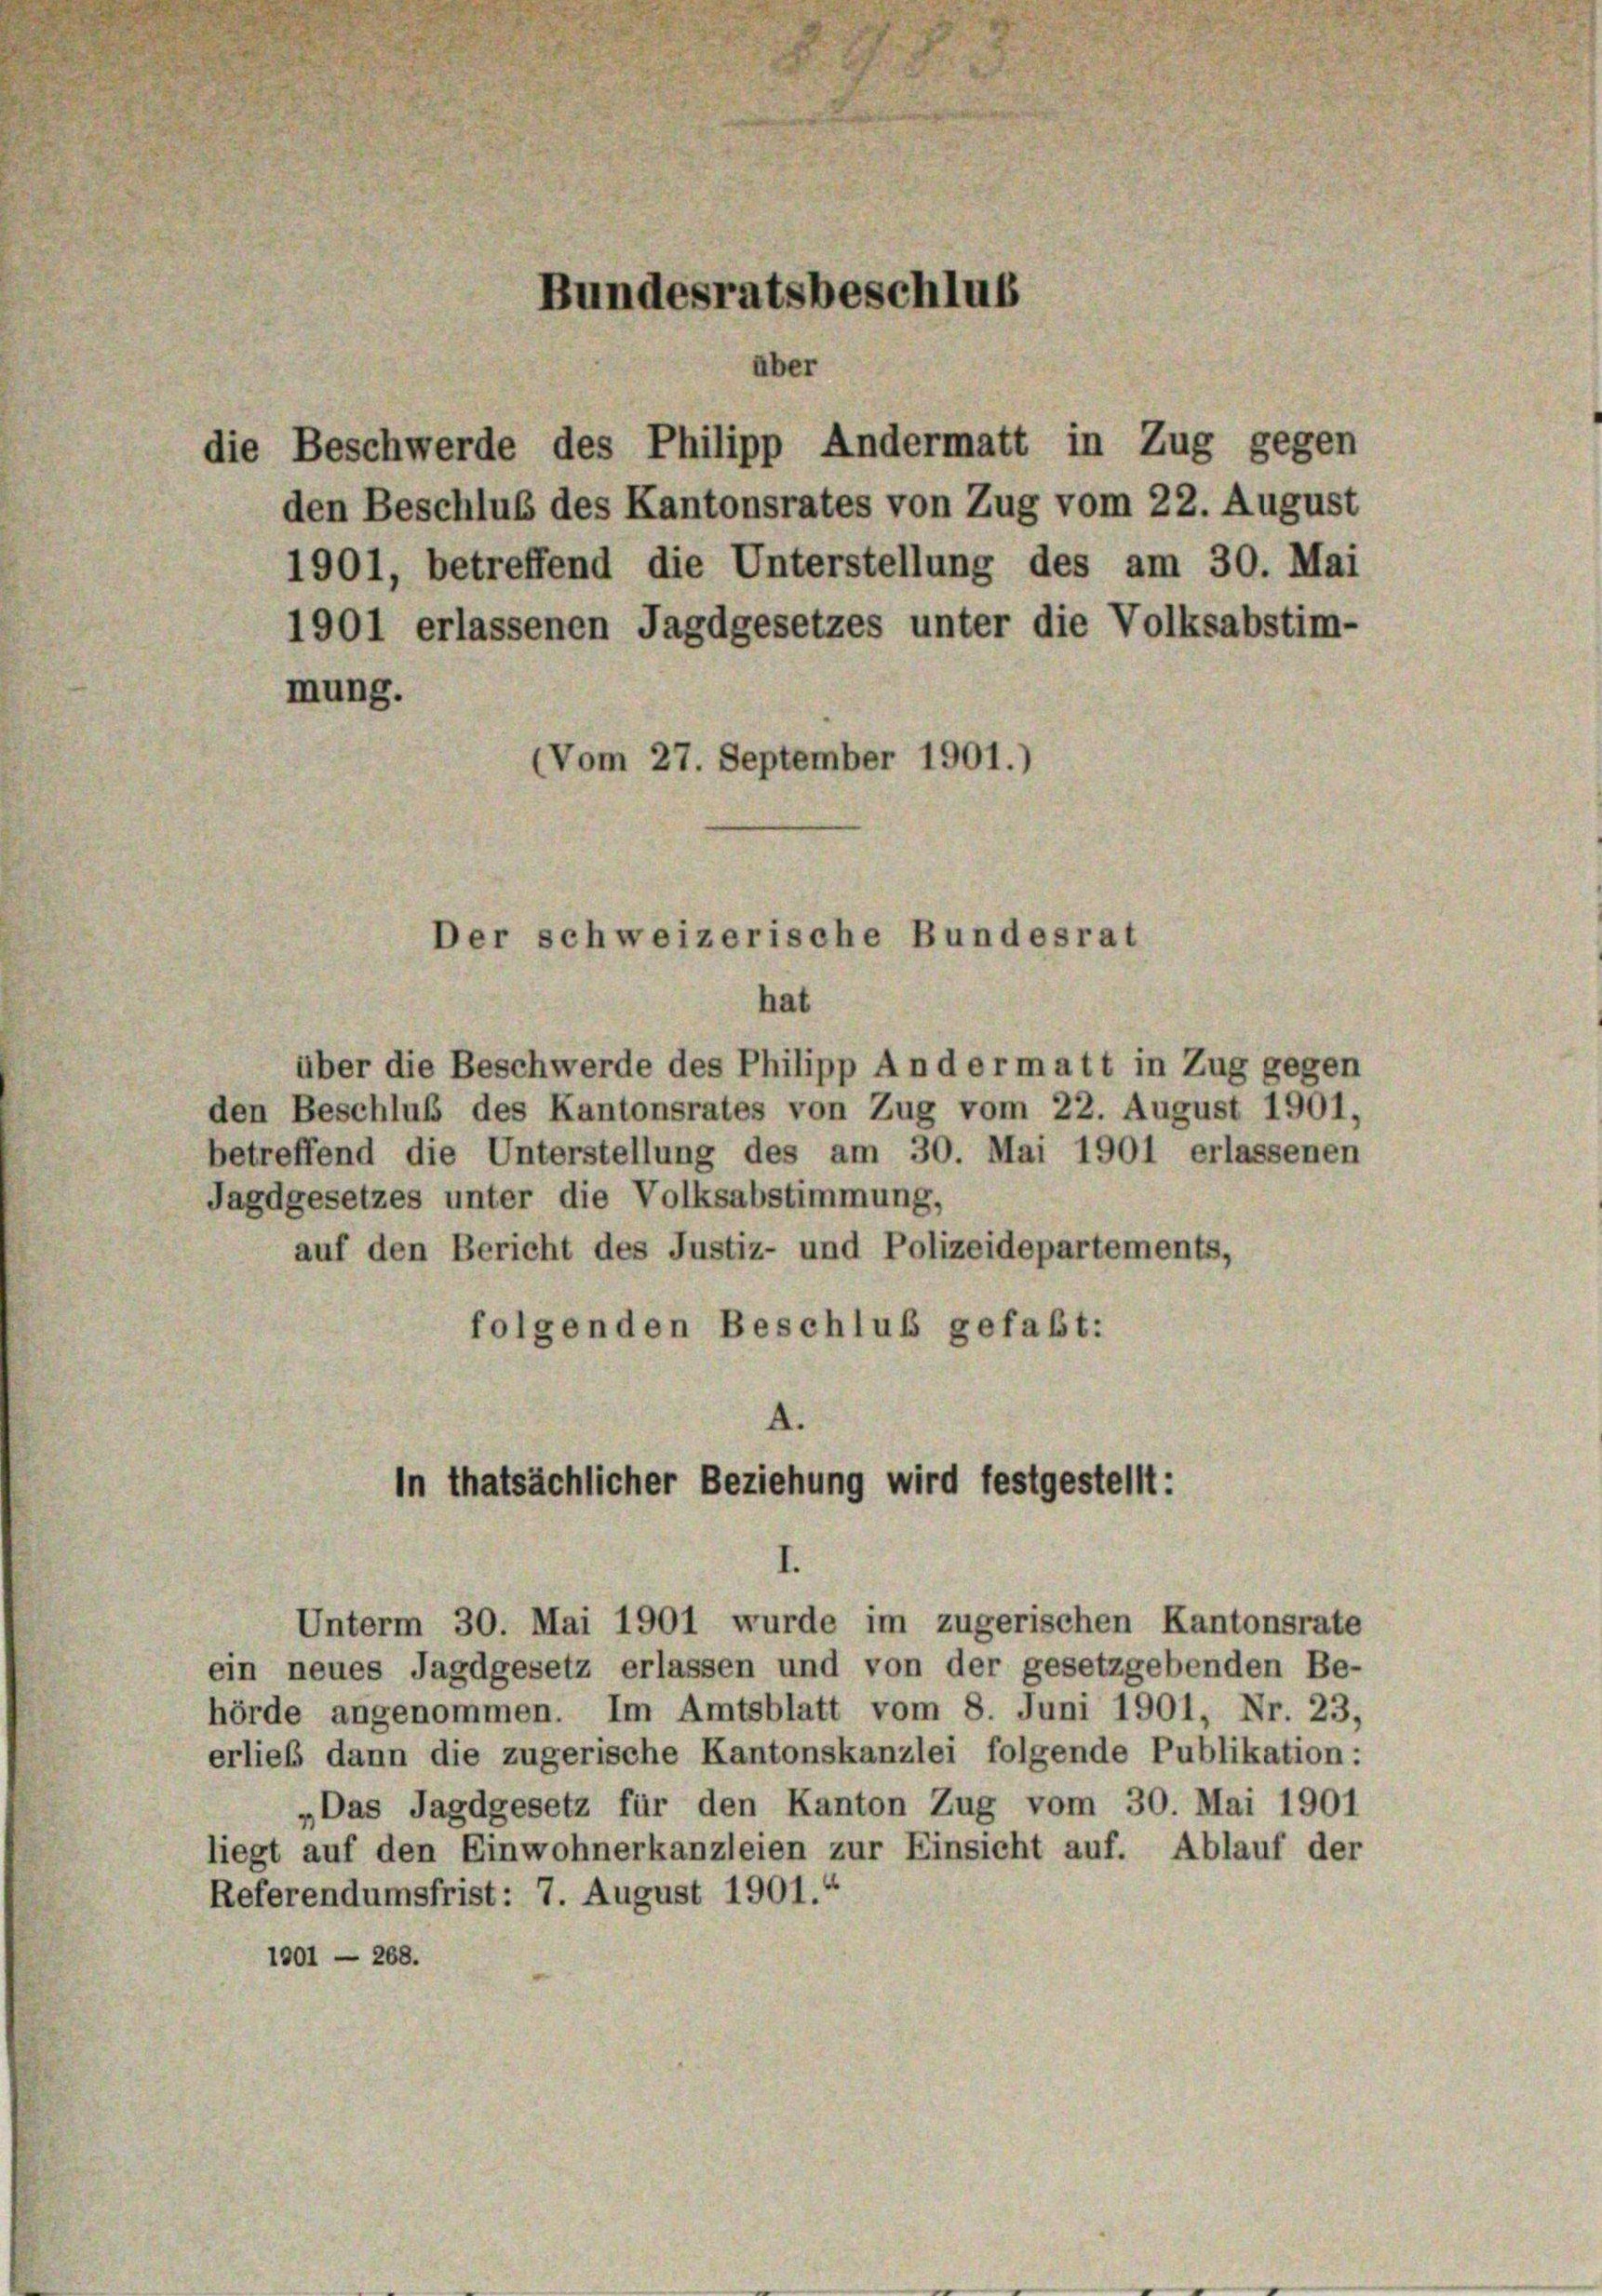
die Beschwerde des Philipp Andermatt in Zug gegen
den Beschluß des Kantonsrates von Zug vom 22. August
1901, betreffend die Unterstellung des am 30. Mai
1901 erlassenen Jagdgesetzes unter die Volksabstim-
mung.
(Vom 27. September 1901.

Bundesratsbeschluß
über

Der schweizerische Bundesrat

hat
über die Beschwerde des Philipp An der matt in Zug gegen
den Beschluß des Kantonsrates von Zug vom 22. August 1901
betreffend die Unterstellung des am 30. Mai 1901 erlassenen
Jagdgesetzes unter die Volksabstimmung,
auf den Bericht des Justiz- und Polizeidepartements,
folgenden Beschluß gefaßt:

A.
In thatsächlicher Beziehung wird festgestellt:
Unterm 30. Mai 1901 wurde im zugerischen Kantonsrate

ein neues Jagdgesetz erlassen und von der gesetzgebenden Be-
hörde angenommen. Im Amtsblatt vom 8. Juni 1901, Nr. 23,
erließ dann die zugerische Kantonskanzlei folgende Publikation:
„Das Jagdgesetz für den Kanton Zug vom 30. Mai 1901
liegt auf den Einwohnerkanzleien zur Einsicht auf. Ablauf der
Referendumsfrist: 7. August 1901.“
1901 — 268.